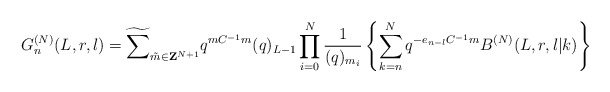
\begin{align*}G_n^{(N)}(L,r,l)=\widetilde{\sum}_{\tilde{m}\in {\bf Z}^{N+1}}q^{mC^{-1}m}(q)_{L-1} \prod_{i=0}^N \frac{1}{(q)_{m_i}} \left\{ \sum_{k=n}^N q^{-e_{n-l}C^{-1}m}B^{(N)}(L,r,l|k)\right\}\end{align*}